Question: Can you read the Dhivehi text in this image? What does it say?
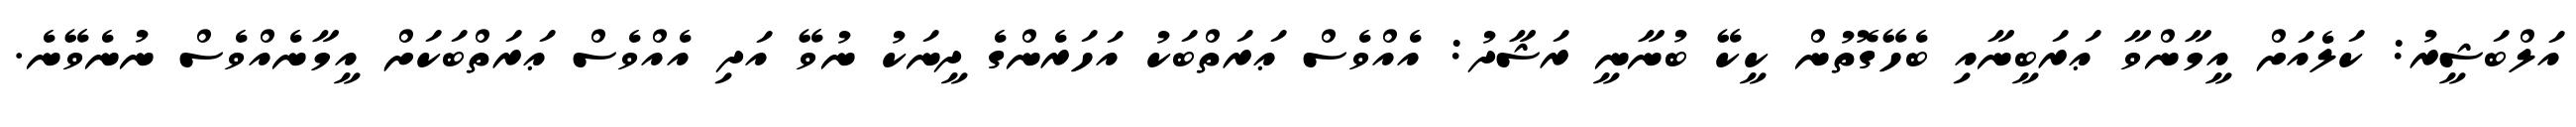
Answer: އަލްބަޝީރު: ކަލެއަށް އީމާންވާ ޢަރަބީނާއި ބެހޭގޮތުން ކީކޭ ބުނާނީ ރަޝާދު: އެއްވެސް ޢަރަތްބަކު އަހަރެންގެ ދީނަކު ނުވޭ އަދި އެއްވެސް ޢަރަތްބަކަށް އީމާނެއްވެސް ނުނެވޭނެ.